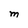
Character: M